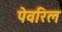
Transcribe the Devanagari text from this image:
पेवरिल